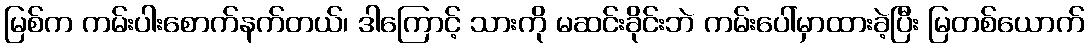
မြစ်က ကမ်းပါးစောက်နက်တယ်၊ ဒါကြောင့် သားကို မဆင်းခိုင်းဘဲ ကမ်းပေါ်မှာထားခဲ့ပြီး မြတစ်ယောက်